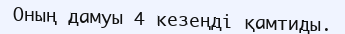
Оның дамуы 4 кезеңді қамтиды.